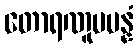
တောရဏူပပန္နံ